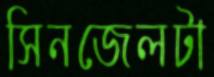
সিনজেলটা